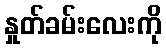
နှုတ်ခမ်းလေးကို